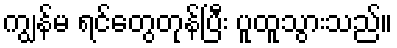
ကျွန်မ ရင်တွေတုန်ပြီး ပူထူသွားသည်။